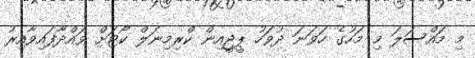
މި މައްސަލަ މި މަހުގެ ހަވަނަ ދުވަހު ޕީޖީއިން ކްރިމިނަލް ކޯޓަށް ވައްދާފައިވާއިރު